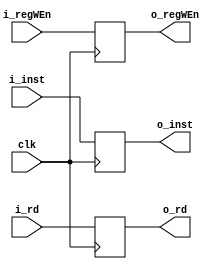
module flip_flop_EX2(i_inst,i_rd,i_regWEn,o_inst,o_rd,o_regWEn,clk);
parameter	INST_LENGTH = 32;
parameter 	REG_ADDR_LENGTH = 5; 

input [INST_LENGTH-1:0] i_inst;
input [REG_ADDR_LENGTH-1:0] i_rd;
input i_regWEn;
input clk;

output reg [INST_LENGTH-1:0] o_inst;
output reg [REG_ADDR_LENGTH-1:0] o_rd;
output reg o_regWEn;

always @(posedge clk)
begin
	o_inst = i_inst;
	o_rd = i_rd;
	o_regWEn = i_regWEn;
end

endmodule